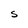
Character: S